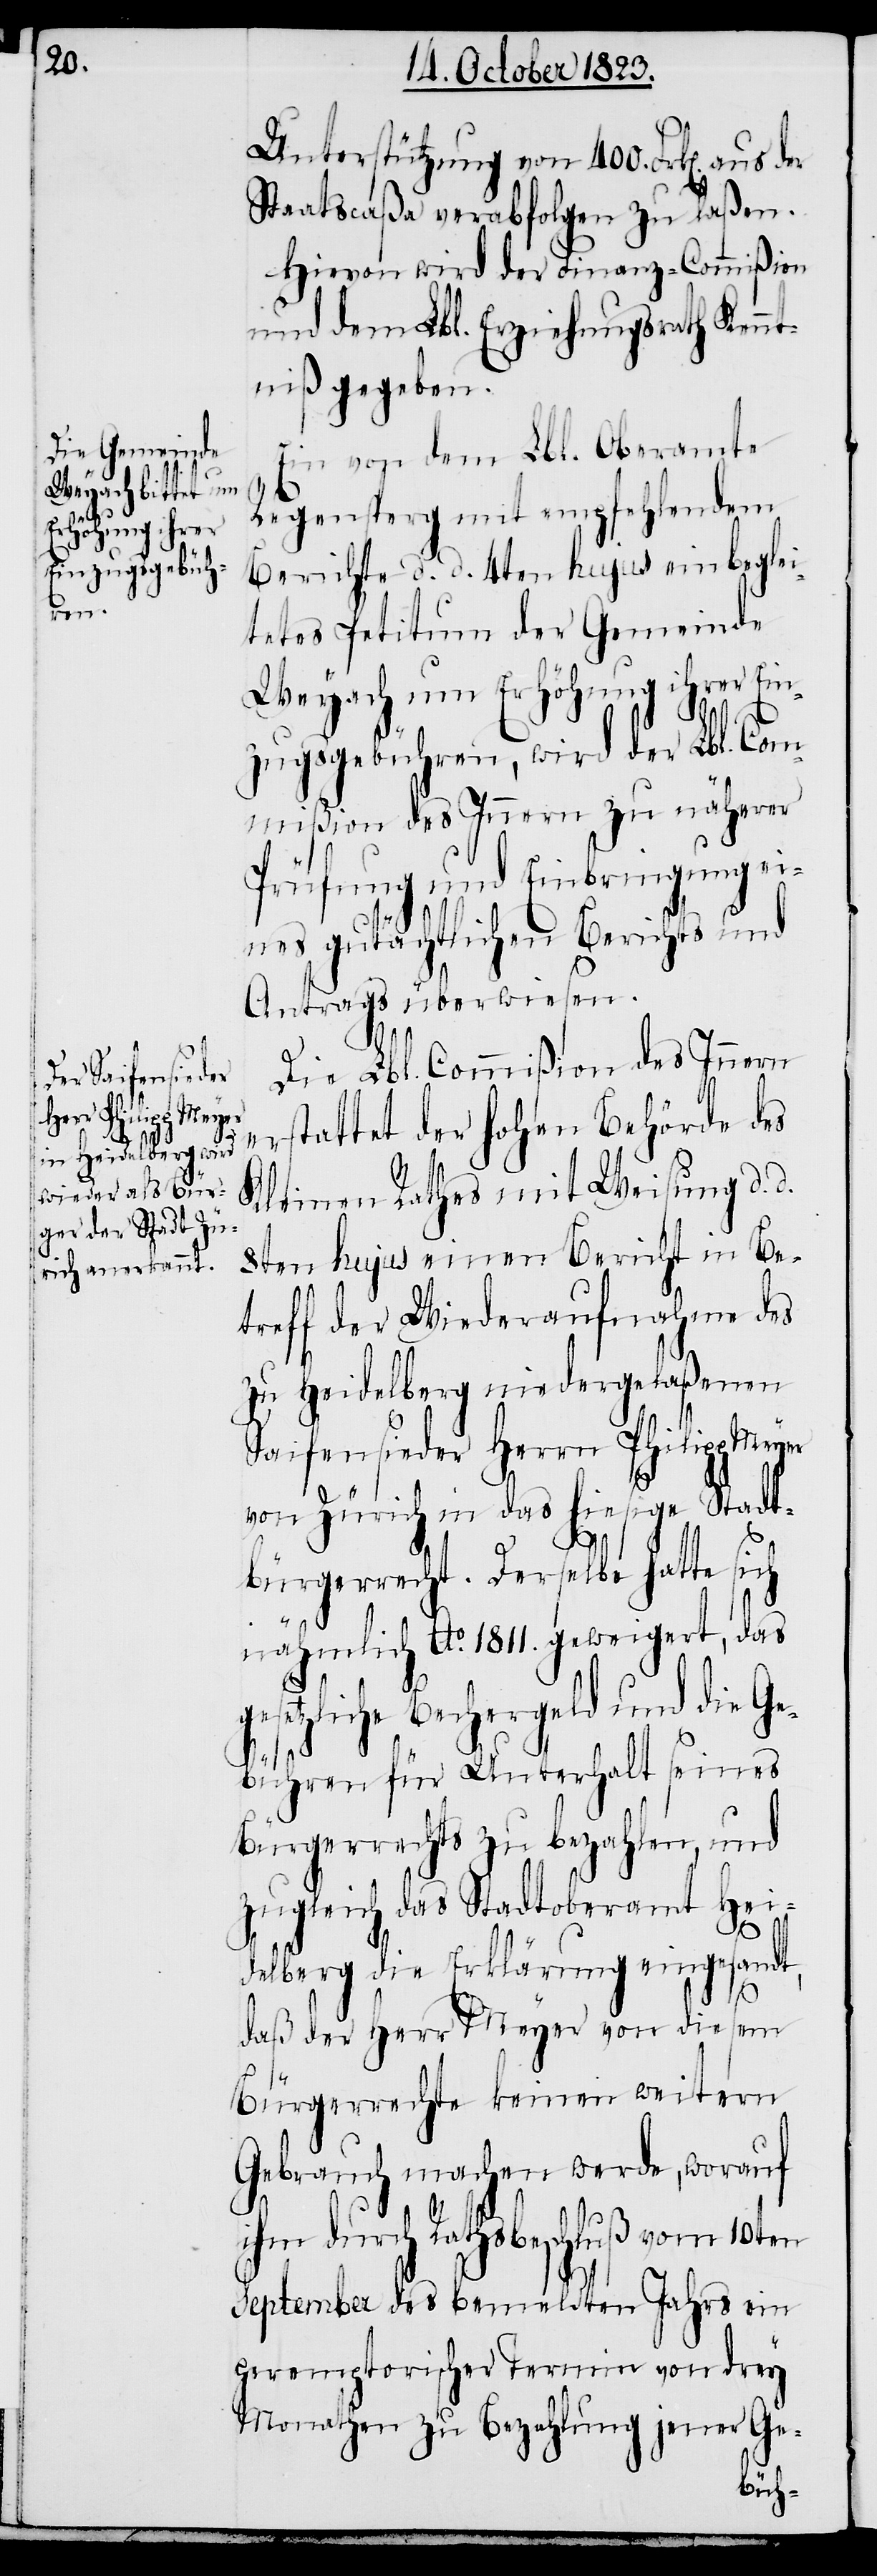
ges¬

Unterstützung von 400. Frk[en]. aus
Staatscaßa verabfolgen zu laßen.
Hievon wird der Finanz-Commißion
und dem Lbl. Erziehungsrath Kennt¬
niß gegeben.
Ein von dem Lbl. Oberamte
Regensperg mit empfehlendem
Berichte d. d. 4ten hujus einbeglei¬
tetes Petitum der Gemeinde
Weyach um Erhöhung ihrer Ei¬
nzugsgebühren, wird der Lbl. Com¬
mißion des Innern zu näherer
Prüfung und Einbringung e¬
ines gutächtlichen Berichts und
Antrags überwiesen.
Die Lbl. Commißion des Innern
rstattet der hohen Behörde des
Kleinen Rathes mit Weisung d. d.
8ten hujus einen Bericht in Be¬
treff der Wiederaufnahme des
zu Heidelberg niedergelaßenen
Saifensieder Herrn Philipp Meyer
von Zürich in das hiesige Stadt¬
bürgerrecht. Derselbe hatte sich
nähmlich Ao. 1811. geweigert, das
etzliche Bechergeld und die G¬
ebühren für Unterhalt seines
Bürgerrechts zu bezahlen, und
zugleich das Stadtoberamt Hei¬
delberg die Erklärung eingesandt,
e¬
daß der Herr Meyer von diesem
Bürgerrechte keinen weitern
Gebrauch machen werde, worauf
ihm durch Rathsbeschluß vom 10ten
September des bemeldten Jahrs ein
peremptorischer Termin von drey
Monathen zu Bezahlung jener Ge-